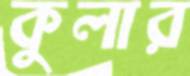
কুলার